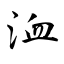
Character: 洫